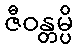
ဇီဝန္တမ္ပိ